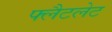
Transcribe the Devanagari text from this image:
फ्लैटलेट